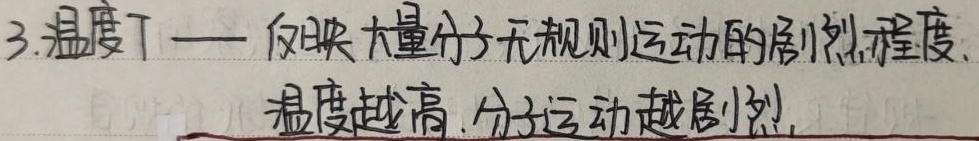
3. 温度 \(T\) —— 反映大量分子无规则运动的剧烈程度。温度越高，分子运动越剧烈。